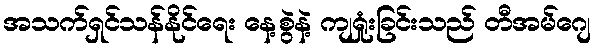
အသက်ရှင်သန်နိုင်ရေး နေ့စွဲနဲ့ ကျရှုံးခြင်းသည် တီအမ်ဂျေ